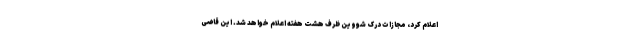
اعلام کرد، مجازات درک شووین ظرف هشت هفته اعلام خواهد شد. این قاضی